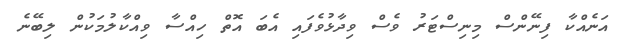
އަނެއްކާ ފިނޭންސް މިނިސްޓަރު ވެސް ވިދާޅުވެފައި އެބަ އޮތް ހިއްސާ ވިއްކާލުމަކުން ލިބޭނެ